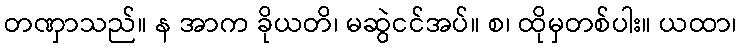
တဏှာသည်။ န အာက ခိုယတိ၊ မဆွဲငင်အပ်။ စ၊ ထိုမှတစ်ပါး။ ယထာ၊